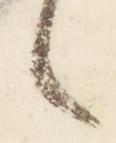
々